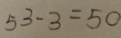
5 3 - 3 = 5 0